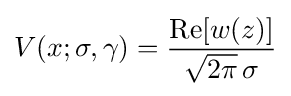
V(x;\sigma ,\gamma )={\frac {\operatorname {Re} [w(z)]}{{\sqrt {2\pi }}\,\sigma }}